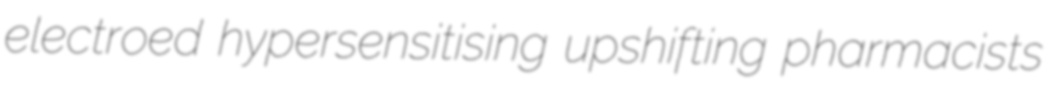
electroed hypersensitising upshifting pharmacists